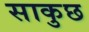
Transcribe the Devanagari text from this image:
साकुछ